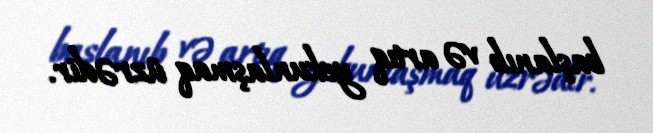
başlanıb və artıq yekunlaşmaq üzrədir.